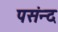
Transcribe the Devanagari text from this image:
पसंन्द